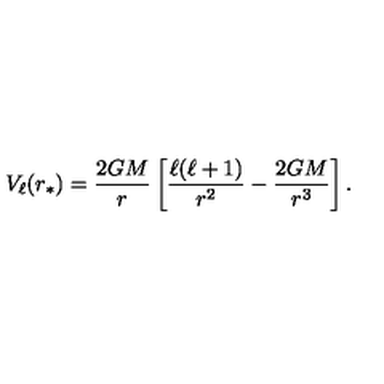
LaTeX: V _ { \ell } ( r _ { * } ) = \frac { 2 G M } { r } \left[ \frac { \ell ( \ell + 1 ) } { r ^ { 2 } } - \frac { 2 G M } { r ^ { 3 } } \right] .